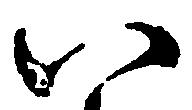
八